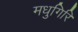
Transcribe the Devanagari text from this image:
मधुगिरि